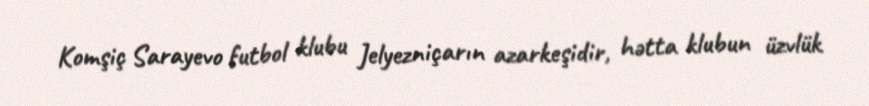
Komşiç Sarayevo futbol klubu Jelyezniçarın azarkeşidir, hətta klubun üzvlük